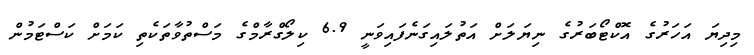
މިދިޔަ އަހަރުގެ އޮކްޓޯބަރުގެ ނިޔަލަށް އަތުލައިގަނެފައިވަނީ 6.9 ކިލޯގްރާމްގެ މަސްތުވާތަކެތި ކަމަށް ކަސްޓަމުން